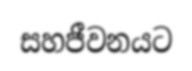
සහජීවනයට